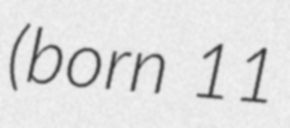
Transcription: (born 11